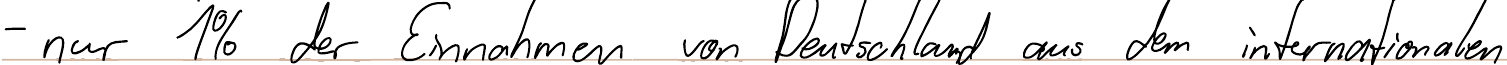
- nur 1% der Einnahmen von Deutschland aus dem internationalen